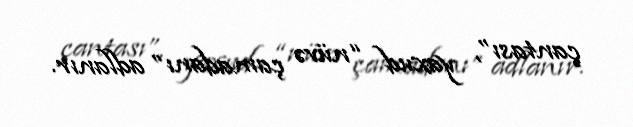
çantası”, yaxud “nüvə çamadanı” adlanır.